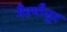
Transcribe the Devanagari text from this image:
गैरमौजूद